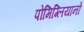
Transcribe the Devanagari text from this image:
पोमिग्लियानो